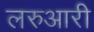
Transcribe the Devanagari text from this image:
लरुआरी